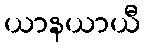
ယာနယာယီ